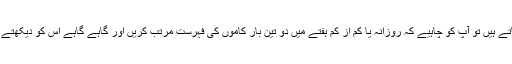
لیکن اگر آپ کے کام بروقت نہیں ہو پاتے اور بہت سے کام آپ کے ذہن سے نکل جاتے ہیں تو آپ کو چاہیے کہ روزانہ یا کم از کم ہفتے میں دو تین بار کاموں کی فہرست مرتب کریں اور گاہے گاہے اُس کو دیکھتے رہیے تاکہ آپ کو یاد رہے کہ کون سا کام ہو چکا ہے اور کون سا کام ابھی باقی ہے۔